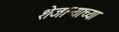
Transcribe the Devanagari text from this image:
शेजाऱ्याच्या